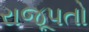
રાજૂપતો